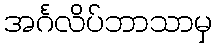
အင်္ဂလိပ်ဘာသာမှ